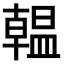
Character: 𫧩